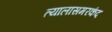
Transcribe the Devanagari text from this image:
त्यालासमरकंद